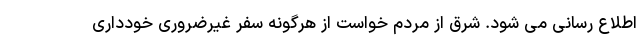
اطلاع رسانی می شود. شرق از مردم خواست از هرگونه سفر غیرضروری خودداری